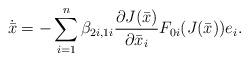
LaTeX: \begin{align*} { \dot{\bar x}}=-\sum_{i=1}^n \beta_{2i,1i}\frac{\partial J(\bar x)}{\partial\bar x_i}F_{0i}(J(\bar x)) e_i.\end{align*}